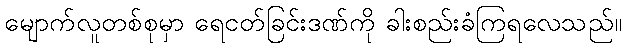
မျောက်လူတစ်စုမှာ ရေငတ်ခြင်းဒဏ်ကို ခါးစည်းခံကြရလေသည်။